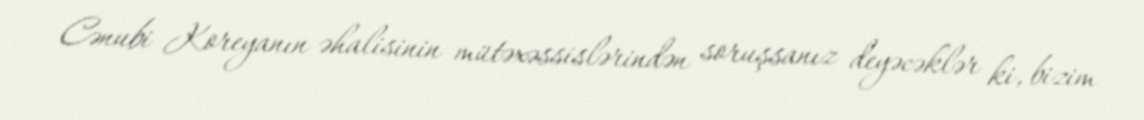
Cənubi Koreyanın əhalisinin mütəxəssislərindən soruşsanız deyəcəklər ki, bizim